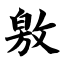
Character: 敫